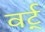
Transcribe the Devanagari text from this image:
वर्ट्